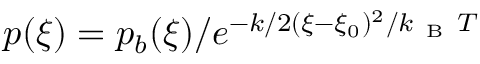
p ( \xi ) = p _ { b } ( \xi ) / e ^ { - k / 2 ( \xi - \xi _ { 0 } ) ^ { 2 } / k _ { \mathrm { ~ B ~ } } T }